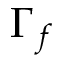
\Gamma _ { f }